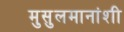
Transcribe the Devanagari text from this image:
मुसुलमानांशी